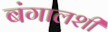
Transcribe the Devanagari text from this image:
बंगालशी